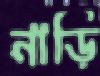
নাড়ি